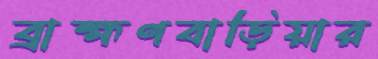
ব্রাহ্মণবাড়িয়ার